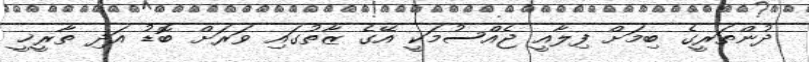
ދުންތަރީގެ ބިމަށް ފިލާއީ ޖެއްސުމަކީ އޭގެ ޒާތުގައި ވަރަށް ބޮޑު އަދި ތާރީޚީ